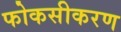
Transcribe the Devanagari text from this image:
फोकसीकरण